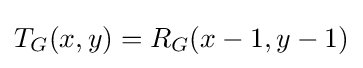
T_{G}(x,y)=R_{G}(x-1,y-1)